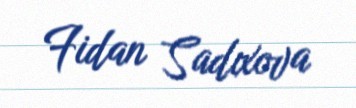
Fidan Sadıxova